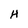
Character: H